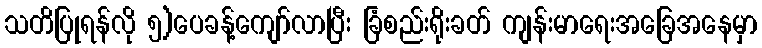
သတိပြုရန်လို ၅)ပေခန့်ကျော်လာပြီး ခြံစည်းရိုးခတ် ကျန်းမာရေးအခြေအနေမှာ